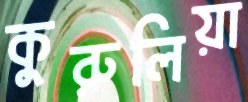
কুরুলিয়া